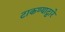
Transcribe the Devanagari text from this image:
टाकण्याद्वारे